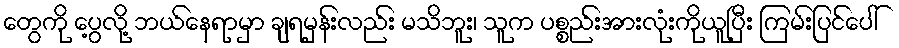
တွေကို ပွေ့လို့ ဘယ်နေရာမှာ ချရမှန်းလည်း မသိဘူး၊ သူက ပစ္စည်းအားလုံးကိုယူပြီး ကြမ်းပြင်ပေါ်